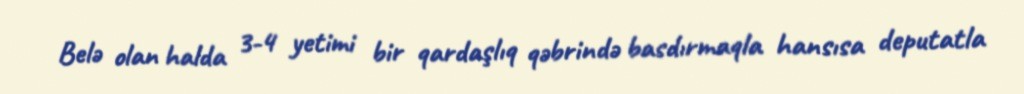
Belə olan halda 3-4 yetimi bir qardaşlıq qəbrində basdırmaqla hansısa deputatla